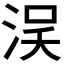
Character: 𣵗